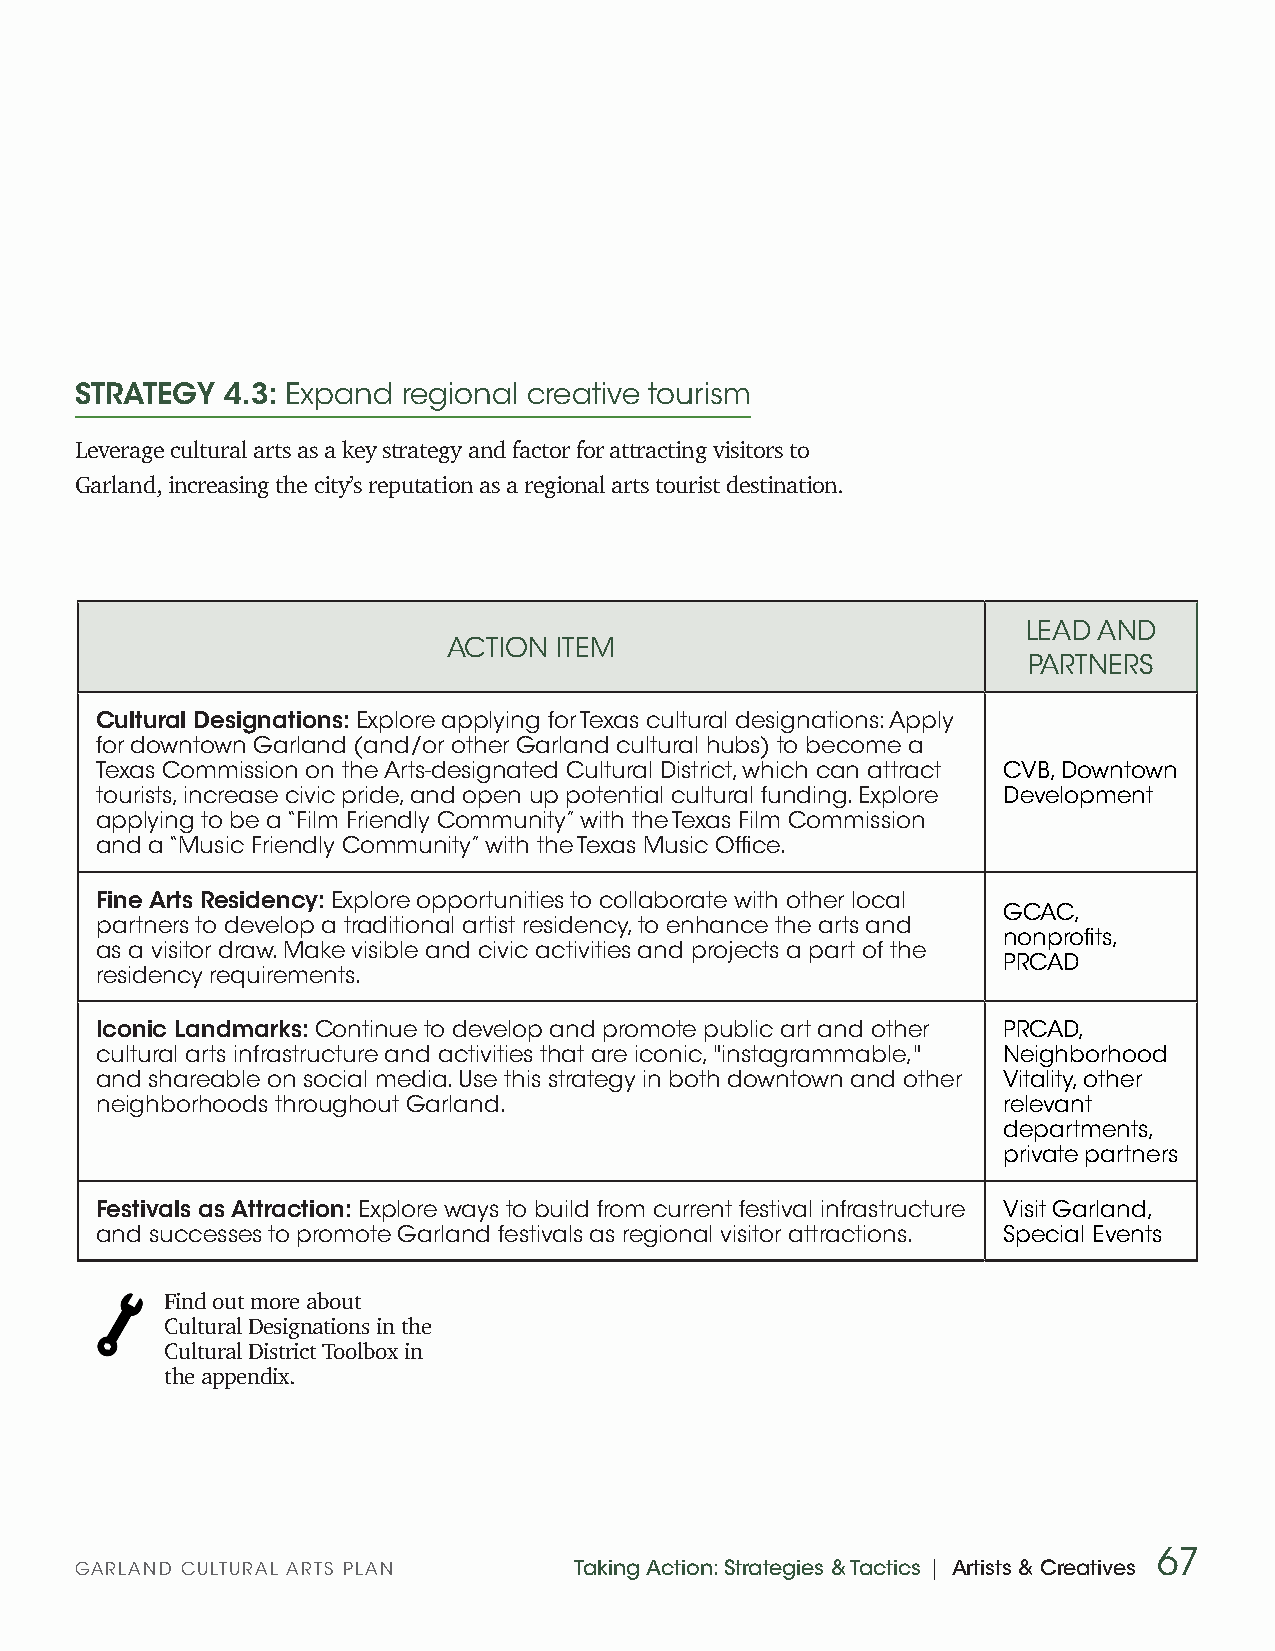
STRATEGY  4.3: Expand regional creative tourism
 Leverage cultural arts as a key strategy and factor for attracting visitors to
 Garland, increasing the city’s reputation as a regional arts tourist destination.
 LEAD AND
 ACTION ITEM
 PARTNERS
 Cultural Designations: Explore applying for Texas cultural designations: Apply
 for downtown Garland (and/or other Garland cultural hubs) to become a
 Texas Commission on the Arts-designated Cultural District, which can attract CVB, Downtown
 tourists, increase civic pride, and open up potential cultural funding. Explore Development
 applying to be a “Film Friendly Community” with the Texas Film Commission
 and a “Music Friendly Community” with the Texas Music Office.
 Fine Arts Residency: Explore opportunities to collaborate with other local
 GCAC,
 partners to develop a traditional artist residency, to enhance the arts and
 nonprofits,
 as a visitor draw. Make visible and civic activities and projects a part of the
 PRCAD
 residency requirements.
 Iconic Landmarks: Continue to develop and promote public art and other PRCAD,
 cultural arts infrastructure and activities that are iconic, "instagrammable," Neighborhood
 and shareable on social media. Use this strategy in both downtown and other Vitality, other
 neighborhoods throughout Garland.                           relevant
 departments,
 private partners
 Festivals as Attraction: Explore ways to build from current festival infrastructure Visit Garland,
 and successes to promote Garland festivals as regional visitor attractions. Special Events
 Find out more about
 Cultural Designations in the
 Cultural District Toolbox in
 the appendix.
 67
 GARLAND CULTURAL ARTS PLAN       Taking Action: Strategies & Tactics | Artists & Creatives